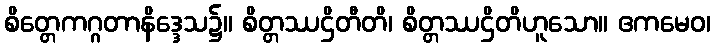
စိတ္တေကဂ္ဂတာနိဒ္ဒေသ၌။ စိတ္တဿဌိတီတိ၊ စိတ္တဿဌိတိဟူသော။ ဧကမေဝ၊